Annual administration report of the Civil Veterinary Department, Sind - 1944-1945
Year: 1944
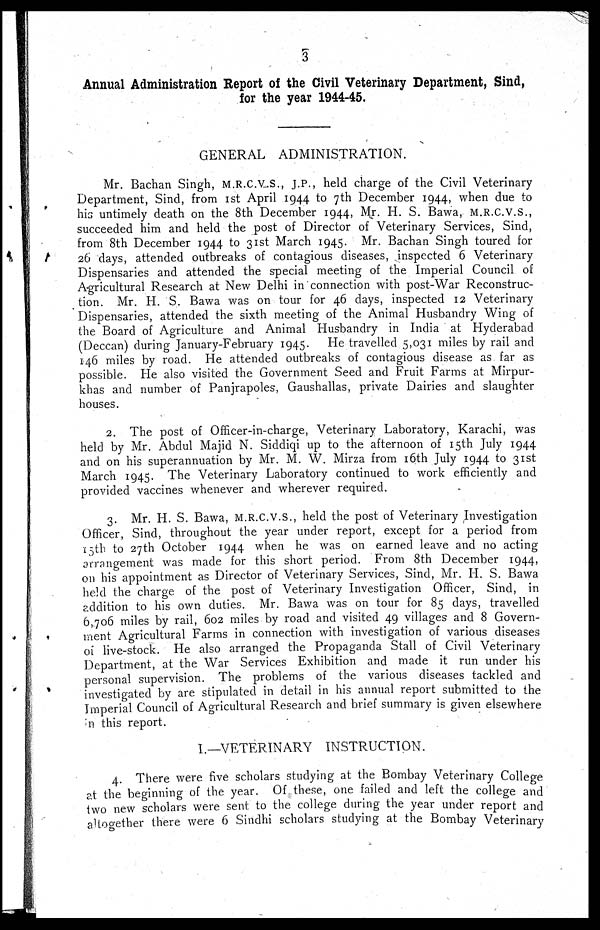
3
Annual Administration Report of the Civil Veterinary Department, Sind,
for the year 1944-45.
GENERAL ADMINISTRATION.
Mr. Bachan Singh, M.R.C.V.S., J.P., held charge of the Civil Veterinary
Department, Sind, from 1st April 1944 to 7th December 1944, when due to
his untimely death on the 8th December 1944, Mr. H. S. Bawa, M.R.C.V.S.,
succeeded him and held the post of Director of Veterinary Services, Sind,
from 8th December 1944 to 31st March 1945. Mr. Bachan Singh toured for
26 days, attended outbreaks of contagious diseases, inspected 6 Veterinary
Dispensaries and attended the special meeting of the Imperial Council of
Agricultural Research at New Delhi in connection with post-War Reconstruc-
tion. Mr. H. S. Bawa was on tour for 46 days, inspected 12 Veterinary
Dispensaries, attended the sixth meeting of the Animal Husbandry Wing of
the Board of Agriculture and Animal Husbandry in India at Hyderabad
(Deccan) during January-February 1945. He travelled 5,031 miles by rail and
146 miles by road. He attended outbreaks of contagious disease as far as
possible. He also visited the Government Seed and Fruit Farms at Mirpur-
khas and number of Panjrapoles, Gaushallas, private Dairies and slaughter
houses.
2. The post of Officer-in-charge, Veterinary Laboratory, Karachi, was
held by Mr. Abdul Majid N. Siddiqi up to the afternoon of 15th July 1944
and on his superannuation by Mr. M. W. Mirza from 16th July 1944 to 31st
March 1945. The Veterinary Laboratory continued to work efficiently and
provided vaccines whenever and wherever required.
3. Mr. H. S. Bawa, M.R.C.V.S., held the post of Veterinary Investigation
Officer, Sind, throughout the year under report, except for a period from
15th to 27th October 1944 when he was on earned leave and no acting
arrangement was made for this short period. From 8th December 1944,
on his appointment as Director of Veterinary Services, Sind, Mr. H. S. Bawa
held the charge of the post of Veterinary Investigation Officer, Sind, in
addition to his own duties. Mr. Bawa was on tour for 85 days, travelled
6,706 miles by rail, 602 miles by road and visited 49 villages and 8 Govern-
ment Agricultural Farms in connection with investigation of various diseases
of live-stock. He also arranged the Propaganda Stall of Civil Veterinary
Department, at the War Services Exhibition and made it run under his
personal supervision. The problems of the various diseases tackled and
investigated by are stipulated in detail in his annual report submitted to the
Imperial Council of Agricultural Research and brief summary is given elsewhere
in this report.
I.—VETERINARY INSTRUCTION,
4. There were five scholars studying at the Bombay Veterinary College
at the beginning of the year. Of these, one failed and left the college and
two new scholars were sent to the college during the year under report and
altogether there were 6 Sindhi scholars studying at the Bombay Veterinary